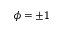
\phi = \pm 1